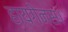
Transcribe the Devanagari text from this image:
हायगेन्स।